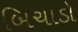
બિચાડો